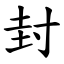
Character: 封